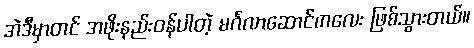
အဲဒီမှာတင် အဖိုးနည်းဝန်ပါတဲ့ မင်္ဂလာဆောင်ကလေး ဖြစ်သွားတယ်။